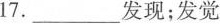
17.___发现；发觉